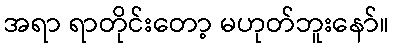
အရာ ရာတိုင်းတော့ မဟုတ်ဘူးနော်။